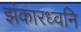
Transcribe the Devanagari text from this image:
झंकारध्वनि